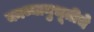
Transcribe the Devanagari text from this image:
काव्यानुभूतीचे